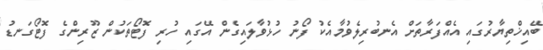
ބޭއިޚްތިޔާރުގައި އެއްފަރާތަށް އެނބުރިލެވުމާއެކު ފޯނު ހުޅުވާލައިގެން އޭގައި ހުރި ފޮޓޯތަކުން ޒޫރިންގެ ފޮޓޯގަނޑު